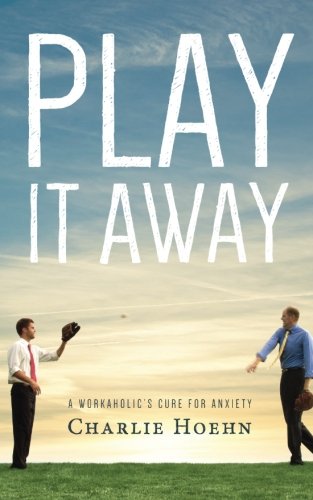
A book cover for Play It Away: A Workaholic's Cure for Anxiety; Charlie Hoehn; Self-Help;